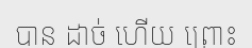
បាន ដាច់ ហើយ ព្រោះ